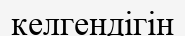
келгендігін